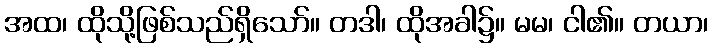
အထ၊ ထိုသို့ဖြစ်သည်ရှိသော်။ တဒါ၊ ထိုအခါ၌။ မမ၊ ငါ၏။ တယာ၊